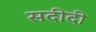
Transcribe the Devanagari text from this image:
सदीदी